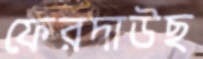
ফেরদাউছ